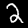
Label: 2